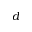
d